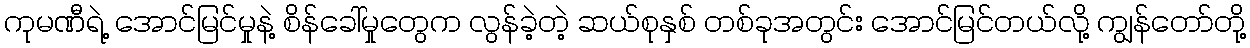
ကုမဏီရဲ့ အောင်မြင်မှုနဲ့ စိန်ခေါ်မှုတွေက လွန်ခဲ့တဲ့ ဆယ်စုနှစ် တစ်ခုအတွင်း အောင်မြင်တယ်လို့ ကျွန်တော်တို့